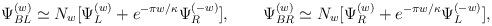
LaTeX: \begin{align*}{\Psi}^{(w)}_{BL}\simeq N_w[\Psi^{(w)}_L+e^{-\pi w/\kappa} \Psi^{(-w)}_R],\qquad{\Psi}^{(w)}_{BR}\simeq N_w[\Psi^{(w)}_R+e^{-\pi w/\kappa} \Psi^{(-w)}_L],\end{align*}